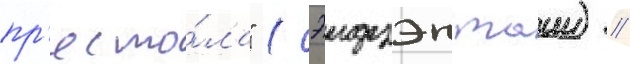
пр'есто́ла" (сэидзэн таии) //